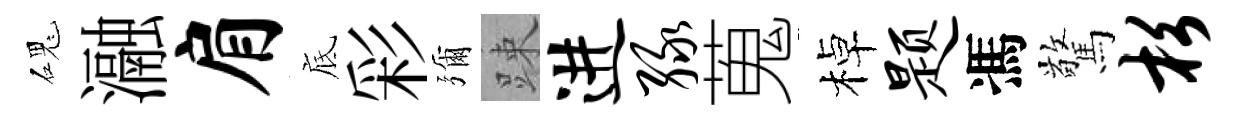
磈瀜肩底彩彌踈进绿蒐棹题馮驚杉